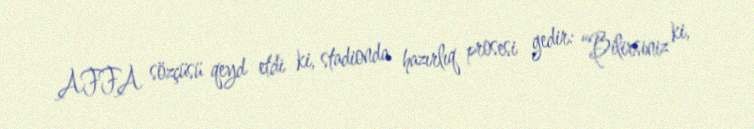
AFFA sözçüsü qeyd etdi ki, stadionda hazırlıq prosesi gedir: “Bilirsiniz ki,